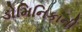
ડોમિનિકાની